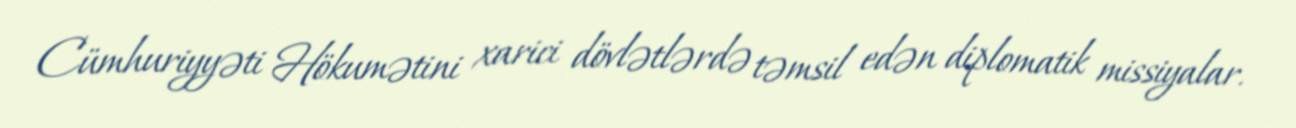
Cümhuriyyəti Hökumətini xarici dövlətlərdə təmsil edən diplomatik missiyalar.